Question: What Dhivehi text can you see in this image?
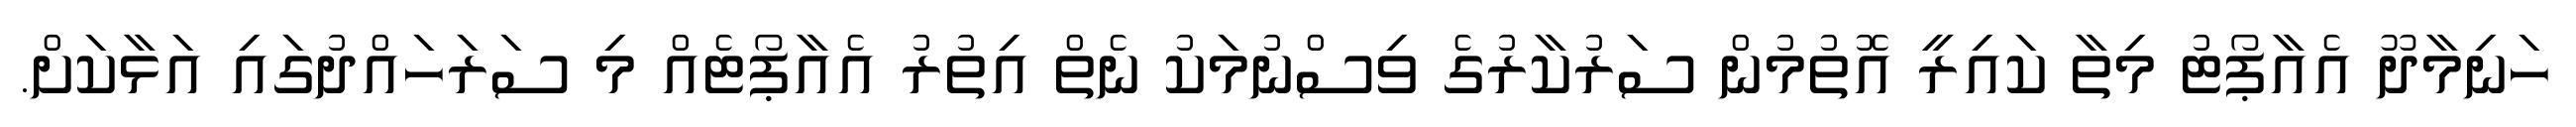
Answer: ހަނިމާދޫ އެއާޕޯޓު މިތާ ކައިރީ އޮތުމުން ސަރުކާރުގެ ވިސްނުމަކު ނެތް އިތުރު އެއާޕޯޓެއް މި ސަރަހައްދުގައި އަޅާކަށް.